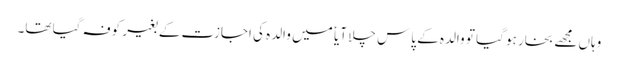
وہاں مجھے بخار ہو گیا تو والدہ کے پاس چلا آیا ٗ میں والدہ کی اجازت کے بغیر کوفہ گیا تھا۔